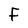
Character: F